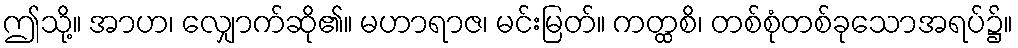
ဤသို့။ အာဟ၊ လျှောက်ဆို၏။ မဟာရာဇ၊ မင်းမြတ်။ ကတ္ထစိ၊ တစ်စုံတစ်ခုသောအရပ်၌။